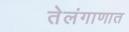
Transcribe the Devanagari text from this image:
तेलंगाणात